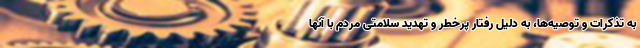
به تذکرات و توصیه‌ها، به دلیل رفتار پرخطر و تهدید سلامتی مردم با آنها